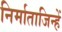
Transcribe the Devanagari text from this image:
निर्माताजिन्हें